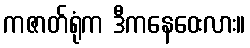
ကဇာတ်ရုံက ဒီကနေဝေးလား။